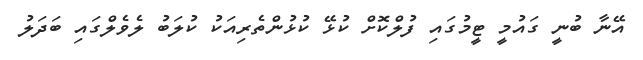
އޭނާ ބުނީ ގައުމީ ޓީމުގައި ފުލްކޮށް ކުޅޭ ކުޅުންތެރިއަކު ކުލަބު ލެވެލްގައި ބަދަލު